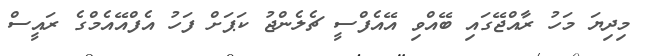
މިދިޔަ މަހު ރާއްޖޭގައި ބޭއްވި އޭއެފްސީ ޗެލެންޖު ކަޕަށް ފަހު އެފްއޭއެމްގެ ރައީސް